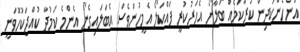
އަންހެންކުދިން ކުރާކަމެއް ބަލާށޯ އެހަރުކުރީ ފައްކަލޯ އެމީހުންވެސް އެބަލައިގެނޯ އެންމެ ކަމުދާ ކުއްޖަކުހޮވަނީ